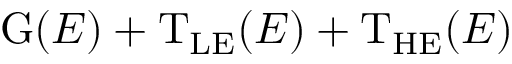
\mathrm { G } ( E ) + \mathrm { T _ { L E } } ( E ) + \mathrm { T _ { H E } } ( E )